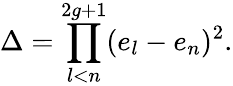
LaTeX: \Delta=\prod_{l<n}^{2g+1}(e_{l}-e_{n})^{2}.